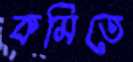
কমিতে